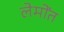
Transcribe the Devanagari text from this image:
लेमोंत